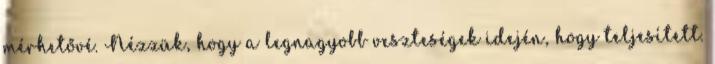
mérhetővé. Nézzük, hogy a legnagyobb veszteségek idején, hogy teljesített.